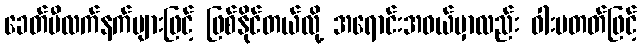
ခေတ်မီလက်နက်များဖြင့် ဖြစ်နိုင်တယ်လို့ အရောင်းအဝယ်မှာလည်း ဝါးမတတ်ဖြင့်